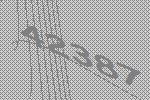
42387